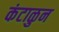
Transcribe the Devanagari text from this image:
कंटाळुन